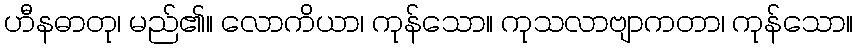
ဟီနဓာတု၊ မည်၏။ လောကိယာ၊ ကုန်သော။ ကုသလာဗျာကတာ၊ ကုန်သော။